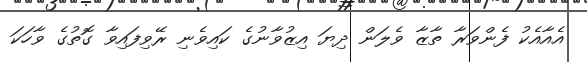
އެއާއެކު ފެންވަރާ ތާޒާ ވެލަން ދިޔަ އިޒުވާނުގެ ކައިވެނި ރޭވިފައިވާ ގޮތުގެ ވާހަކަ